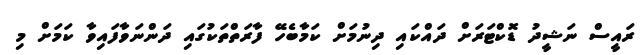
ރައީސް ނަޝީދު ޑޮކްޓަރަށް ދައްކައި ދިނުމަށް ކަމާބެހޭ ފާރަތްތަކުގައި ދަންނަވާފައިވާ ކަމަށް މި